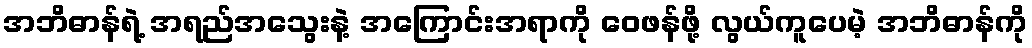
အဘိဓာန်ရဲ့ အရည်အသွေးနဲ့ အကြောင်းအရာကို ဝေဖန်ဖို့ လွယ်ကူပေမဲ့ အဘိဓာန်ကို